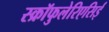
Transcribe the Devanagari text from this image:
स्क्रॉफुलेरिएसिई